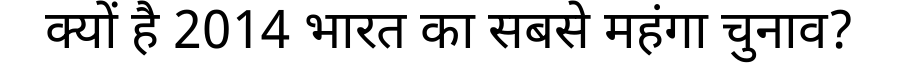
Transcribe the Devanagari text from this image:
क्यों है 2014 भारत का सबसे महंगा चुनाव?